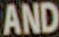
AND